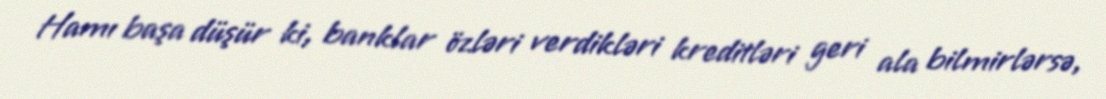
Hamı başa düşür ki, banklar özləri verdikləri kreditləri geri ala bilmirlərsə,